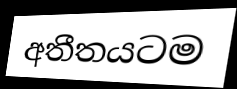
අතීතයටම